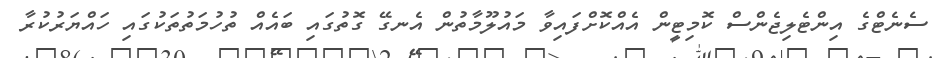
ސެނެޓްގެ އިންޓެލިޖެންސް ކޮމިޓީން އެއްކޮށްފައިވާ މައުލޫމާތުން އެނގޭ ގޮތުގައި ބައެއް ތުހުމަތުތަކުގައި ހައްޔަރުކުރާ